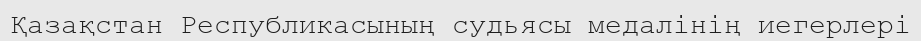
Қазақстан Республикасының судьясы медалінің иегерлері